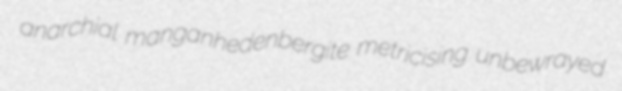
anarchial manganhedenbergite metricising unbewrayed